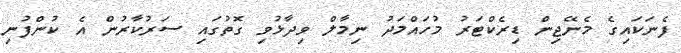
ފެނަކައިގެ މެނޭޖިން ޑިރެކްޓަރު މުހައްމަދު ނިމާލް ވިދާޅުވި ގޮތުގައި ސަރުކާރުން އެ ކުންފުނި